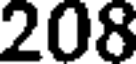
208